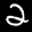
Label: 2